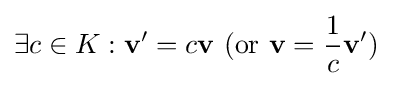
\exists c\in K:\mathbf {v} '=c\mathbf {v} {\text{ (or }}\mathbf {v} ={\frac {1}{c}}\mathbf {v} '{\text{)}}